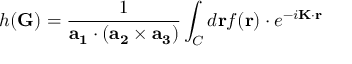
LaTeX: h ( \mathbf { G } ) = { \frac { 1 } { \mathbf { a _ { 1 } } \cdot ( \mathbf { a _ { 2 } } \times \mathbf { a _ { 3 } } ) } } \int _ { C } d \mathbf { r } f ( \mathbf { r } ) \cdot e ^ { - i \mathbf { K } \cdot \mathbf { r } }